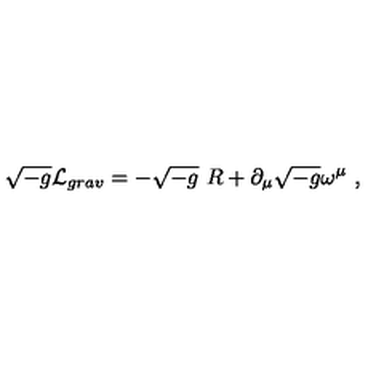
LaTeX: \sqrt { - g } { \cal L } _ { g r a v } = - \sqrt { - g } \ R + \partial _ { \mu } \sqrt { - g } \omega ^ { \mu } \ ,